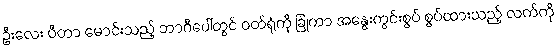
ဦးလေး ပီတာ မောင်းသည့် ဘာဂီပေါ်တွင် ဝတ်ရုံကို ခြုံကာ အနွေးကွင်းစွပ် စွပ်ထားသည့် လက်ကို